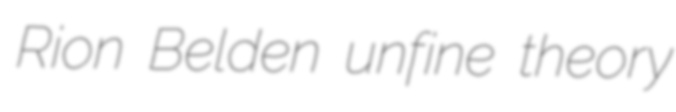
Rion Belden unfine theory